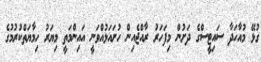
ގުޅޭ މުއާހަދާ ސައިޓީސްގެ ދަށުން މިފަހަރު ރާއްޖެއިން ހުށައަޅުއްވަނީ އައިންމަތީ މިޔަރު ހިމާޔަތްކުރުމުގެ